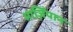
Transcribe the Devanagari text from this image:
मार्ज़िपान